Subject: cs
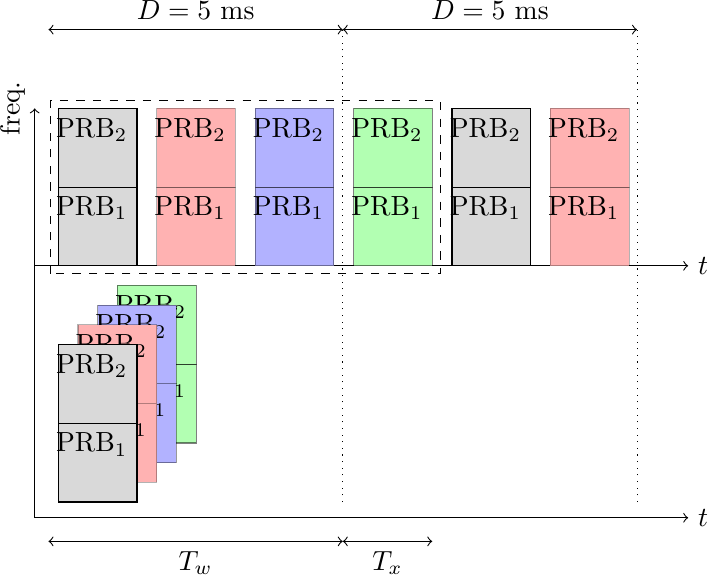
LaTeX code:
    \begin{tikzpicture}
        \draw[->] (-.3,-.2) -- (8,-.2)
            node[anchor=west] {$t$};
        \draw[->] (-.3,3) -- (8,3)
            node[anchor=west] {$t$};
        \draw[->] (-.3,-.2) -- (-.3,5)
            node[anchor=south,
            rotate=90] {freq.};

        \draw[black,fill=green!30, draw opacity=0.5] (0.75,0.75) rectangle ++(1,1)
            node[anchor=north east] {PRB\textsubscript{1}};
        \draw[black,fill=green!30, draw opacity=0.5] (0.75,1.75) rectangle ++(1,1)
            node[anchor=north east] {PRB\textsubscript{2}};

        \draw[black,fill=blue!30, draw opacity=0.4] (0.5,0.5) rectangle ++(1,1)
            node[anchor=north east] {PRB\textsubscript{1}};
        \draw[black,fill=blue!30, draw opacity=0.4] (0.5,1.5) rectangle ++(1,1)
            node[anchor=north east] {PRB\textsubscript{2}};

        \draw[black,fill=red!30, draw opacity=0.3] (0.25,0.25) rectangle ++(1,1)
            node[anchor=north east] {PRB\textsubscript{1}};
        \draw[black,fill=red!30, draw opacity=0.3] (0.25,1.25) rectangle ++(1,1)
            node[anchor=north east] {PRB\textsubscript{2}};

        \draw[black,fill=gray!30, opacity=1] (0,0) rectangle ++(1,1)
            node[anchor=north east] {PRB\textsubscript{1}};
        \draw[black,fill=gray!30, opacity=1] (0,1) rectangle ++(1,1)
            node[anchor=north east] {PRB\textsubscript{2}};

        \draw[black,fill=green!30, draw opacity=0.5] (3.75,3) rectangle ++(1,1)
            node[anchor=north east] {PRB\textsubscript{1}};
        \draw[black,fill=green!30, draw opacity=0.5] (3.75,4) rectangle ++(1,1)
            node[anchor=north east] {PRB\textsubscript{2}};

        \draw[black,fill=blue!30, draw opacity=0.4] (2.5,3) rectangle ++(1,1)
            node[anchor=north east] {PRB\textsubscript{1}};
        \draw[black,fill=blue!30, draw opacity=0.4] (2.5,4) rectangle ++(1,1)
            node[anchor=north east] {PRB\textsubscript{2}};

        \draw[black,fill=red!30, draw opacity=0.3] (1.25,3) rectangle ++(1,1)
            node[anchor=north east] {PRB\textsubscript{1}};
        \draw[black,fill=red!30, draw opacity=0.3] (1.25,4) rectangle ++(1,1)
            node[anchor=north east] {PRB\textsubscript{2}};

        \draw[black,fill=gray!30, opacity=1] (0,3) rectangle ++(1,1)
            node[anchor=north east] {PRB\textsubscript{1}};
        \draw[black,fill=gray!30, opacity=1] (0,4) rectangle ++(1,1)
            node[anchor=north east] {PRB\textsubscript{2}};

        \draw[black,fill=red!30, draw opacity=0.3] (6.25,3) rectangle ++(1,1)
            node[anchor=north east] {PRB\textsubscript{1}};
        \draw[black,fill=red!30, draw opacity=0.3] (6.25,4) rectangle ++(1,1)
            node[anchor=north east] {PRB\textsubscript{2}};

        \draw[black,fill=gray!30, opacity=1] (5,3) rectangle ++(1,1)
            node[anchor=north east] {PRB\textsubscript{1}};
        \draw[black,fill=gray!30, opacity=1] (5,4) rectangle ++(1,1)
            node[anchor=north east] {PRB\textsubscript{2}};

        \draw[black,dashed] (-.1,2.9) rectangle ++(4.95,2.2)
            node[anchor=south east] {};

        \draw[<->] (-.125,6) -- (3.6125,6)
            node[pos=0.5,anchor=south]
            {$D=5$ ms};
        \draw[dotted] (3.6125,0) -- (3.6125,6);

        \draw[<->] (3.6125,6) -- (7.35,6)
            node[pos=0.5,anchor=south]
            {$D=5$ ms};
        \draw[dotted] (7.35,0) -- (7.35,6);

        \draw[<->] (-.125,-.5) -- (3.6125,-.5)
            node[pos=0.5,anchor=north]
            {$T_w$};
        \draw[<->] (3.6125,-.5) -- (4.75,-.5)
            node[pos=0.5,anchor=north]
            {$T_x$};

    \end{tikzpicture}